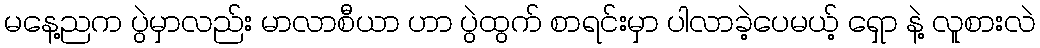
မနေ့ညက ပွဲမှာလည်း မာလာစီယာ ဟာ ပွဲထွက် စာရင်းမှာ ပါလာခဲ့ပေမယ့် ရှော နဲ့ လူစားလဲ